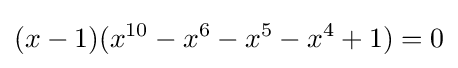
(x-1)(x^{10}-x^{6}-x^{5}-x^{4}+1)=0